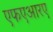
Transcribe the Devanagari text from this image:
एफएआरए